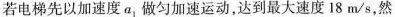
若电梯先以加速度a_{1}，做匀加速运动，达到最大速度18m/s，然